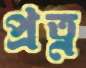
প্রত্ন